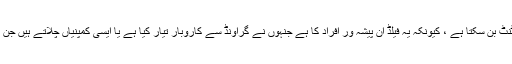
نہ صرف کوئی شخص بزنس کنسلٹنٹ بن سکتا ہے ، کیونکہ یہ فیلڈ ان پیشہ ور افراد کا ہے جنہوں نے گراونڈ سے کاروبار تیار کیا ہے یا ایسی کمپنیاں چلاتے ہیں جن میں کامیابی کا ریکارڈ موجود ہے۔